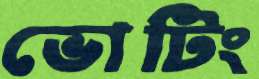
ভোটিং